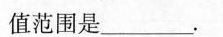
值范围是\underline。